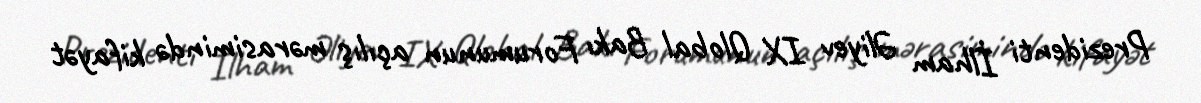
Prezidenti İlham Əliyev IX Qlobal Bakı Forumunun açılış mərasimində kifayət